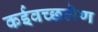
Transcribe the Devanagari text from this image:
कईवच्छलेण